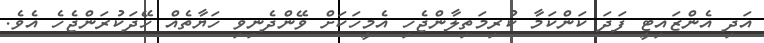
އަދި އެންޒައިޓީ ފަދަ ކަންކަމާ ކުރިމަތިލާންޖެހި އެމީހަކަށް ވޭންދެނިވި ހަޔާތެއް ހޭދަކުރަންޖެހެ އެވެ.